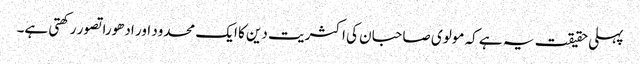
پہلی حقیقت یہ ہے کہ مولوی صاحبان کی اکثریت دین کا ایک محدود اور ادھورا تصور رکھتی ہے۔